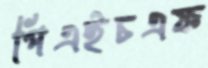
পিএইচএফ